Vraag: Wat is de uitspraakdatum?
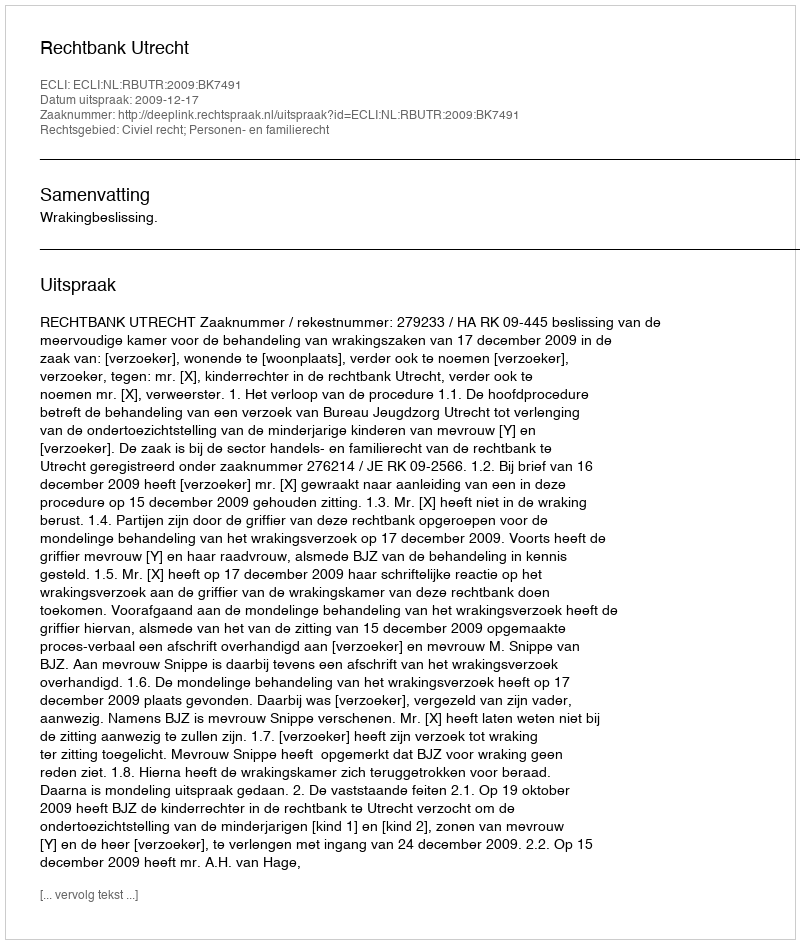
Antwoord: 2009-12-17